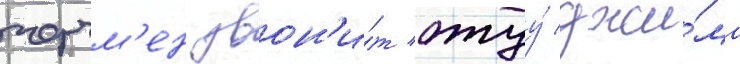
черчм'ен звон'и́т отцу́ джи́ма